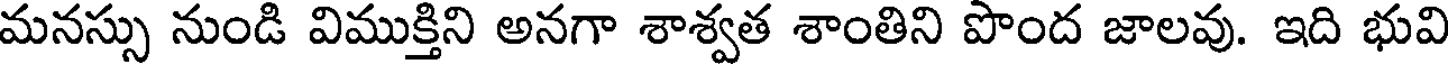
మనస్సు నుండి విముక్తిని అనగా శాశ్వత శాంతిని పొంద జాలవు. ఇది భువి